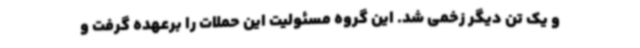
و یک تن دیگر زخمی شد. این گروه مسئولیت این حملات را برعهده گرفت و